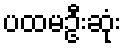
ပထမဦးဆုံး